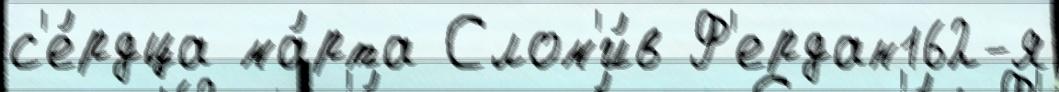
с'е́рдца ма́рта Слом'и́в Ф'ердан162-я